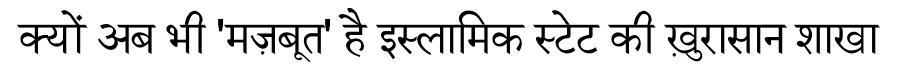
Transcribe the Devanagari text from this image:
क्यों अब भी 'मज़बूत' है इस्लामिक स्टेट की ख़ुरासान शाखा